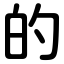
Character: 的